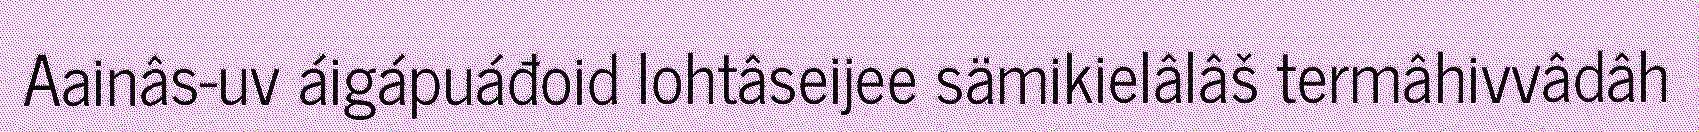
Aainâs-uv áigápuáđoid lohtâseijee sämikielâlâš termâhivvâdâh